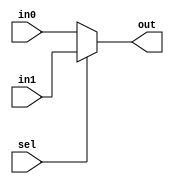
module mux_2x1 #(parameter W=4) (in0,in1,sel,out);
	input [(W-1):0] in0,in1;
	input sel;
	output [(W-1):0] out;
	
	assign out = sel ? in1 : in0;
	
endmodule